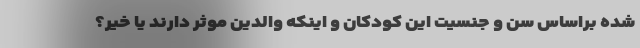
شده براساس سن و جنسیت این کودکان و اینکه والدین موثر دارند یا خیر؟